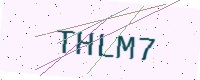
Text: THLM7